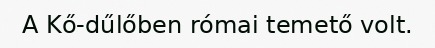
A Kő-dűlőben római temető volt.